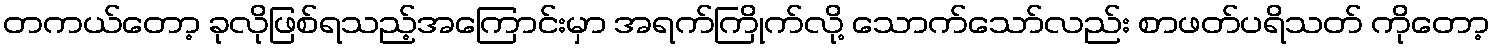
တကယ်တော့ ခုလိုဖြစ်ရသည့်အကြောင်းမှာ အရက်ကြိုက်လို့ သောက်သော်လည်း စာဖတ်ပရိသတ် ကိုတော့